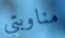
مناوبتي